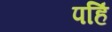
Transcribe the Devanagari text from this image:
पहिं